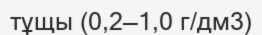
тұщы (0,2—1,0 г/дм3)